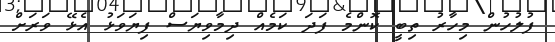
ފުލުހުން މިހާރު ތިބީ ކޮންމެ ފަދަ ކަމެއް ދިމާވިޔަސް ފިޔަވަޅު އެޅޭ ވަރަށް